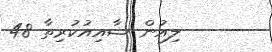
ލިއުން ޝާއިއުކުރިތާ 48